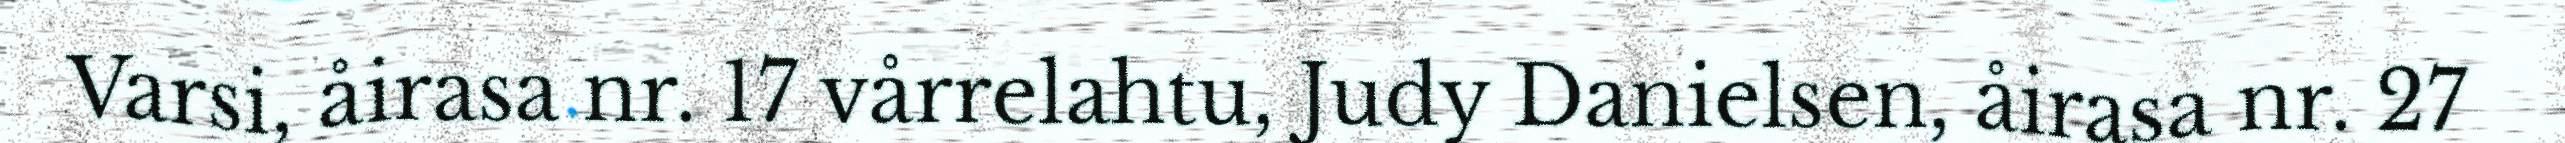
Varsi, åirasa nr. 17 vårrelahtu, Judy Danielsen, åirasa nr. 27